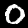
Label: 0